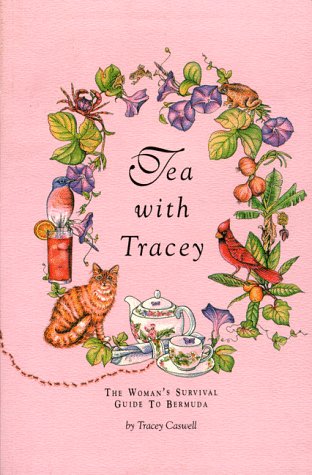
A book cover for Tea With Tracey; Tracey Caswell; Travel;